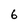
Character: 6